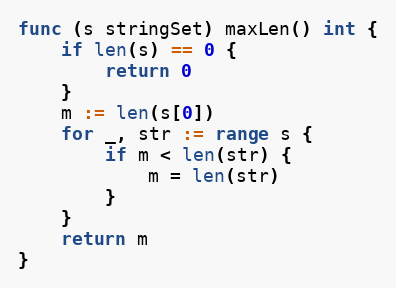
Language: Go
func (s stringSet) maxLen() int {
	if len(s) == 0 {
		return 0
	}
	m := len(s[0])
	for _, str := range s {
		if m < len(str) {
			m = len(str)
		}
	}
	return m
}